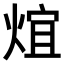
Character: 𤊃